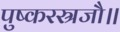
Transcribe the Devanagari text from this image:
पुष्करस्रजौ॥